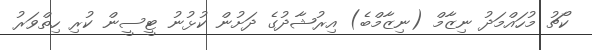
ކޯޗު މުހައްމަދު ނިޒާމް (ނިޒާމްބެ) އިރުޝާދުގެ ދަށުން ކުޅުނު ޓީސީން ކުރި ހިތްވަރު